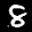
Label: 8